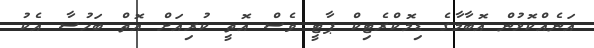
އަނެއްކޮޅުން އޮބާމާގެ ޑިމޮކްރެޓިކް ޕާޓީ ވެސް އޮތީ ކުރިއަށް އޮތް ބަހުސާ އެކު